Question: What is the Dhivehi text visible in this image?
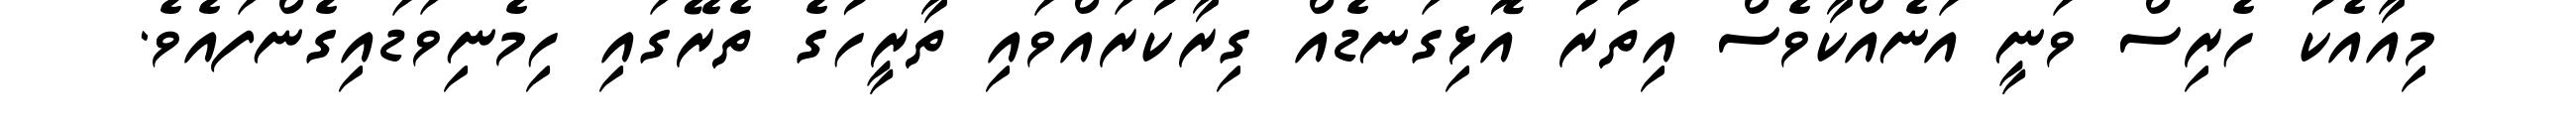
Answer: މިއާއެކު ހެރިސް ވަނީ އަނެއްކާވެސް އިތުރު އޮޅިގަނޑެއް ގިރާކުރައްވައި ތާރީހުގެ ތެރޭގައި ހިމެނިވަޑައިގެންފައެވެ.